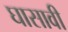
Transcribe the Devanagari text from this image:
घासावी